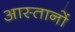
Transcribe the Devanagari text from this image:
आस्तानों